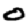
Digit: 0